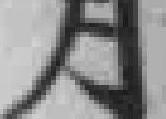
月